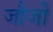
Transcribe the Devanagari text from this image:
जौजी